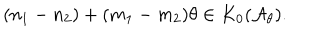
LaTeX: ( n _ { 1 } - n _ { 2 } ) + ( m _ { 1 } - m _ { 2 } ) \theta \in K _ { 0 } ( { \mathcal { A } } _ { \theta } ) .